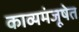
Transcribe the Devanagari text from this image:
काव्यमंजूषेत